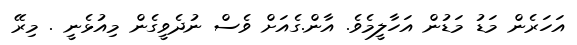
އަހަރެން މަޑު މަޑުން އަހާލީމެވެ. އާން.ގެއަށް ވެސް ނުދެވީގެން މިއުޅެނީ . މިރޭ